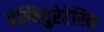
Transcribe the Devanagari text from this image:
पेल्वियुरेटेरिक